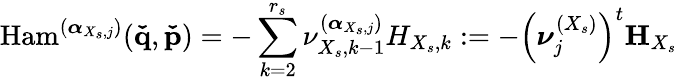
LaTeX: \mathrm{Ham}^{(\boldsymbol{\alpha}_{X_{s},j})}(\mathbf{\check{q}},\mathbf{\check{p}})=-\sum_{k=2}^{r_{s}}\nu_{X_{s},k-1}^{(\boldsymbol{\alpha}_{X_{s},j})}H_{X_{s},k}:=-\left(\boldsymbol{\nu}_{j}^{(X_{s})}\right)^{t}\mathbf{H}_{X_{s}}